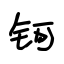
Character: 钶